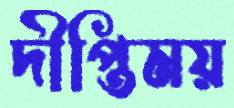
দীপ্তিময়